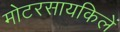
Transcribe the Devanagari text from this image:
मोटरसायकिलें